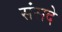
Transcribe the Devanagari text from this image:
संसदे